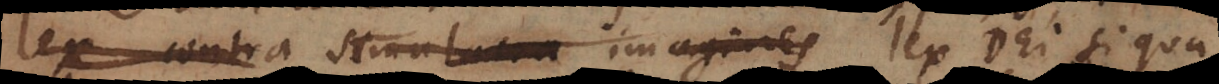
lex contra simulacra imagines lex Dei si qua